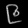
Digit: ၉